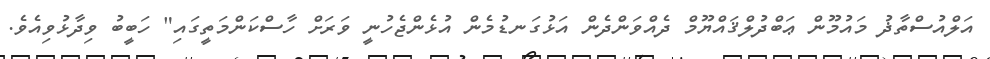
އަލްއުސްތާޛު މައުމޫން ޢަބްދުލްޤައްޔޫމް ދެއްވަންދެން އަޅުގަނޑުމެން އުޅެންޖެހުނީ ވަރަށް ހާސްކަންމަތީގައި" ހަބީބު ވިދާޅުވިއެވެ.